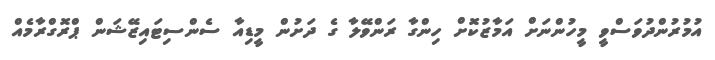
އުމުރުންދުވަސްވީ މީހުންނަށް އަމާޒުކޮށް ހިންގާ ރަންވޭލާ ގެ ދަށުން މީޑިއާ ސެންސިޓައިޒޭޝަން ޕްރޮގްރާމެއް